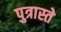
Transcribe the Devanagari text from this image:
पुत्रास्ते